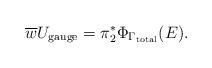
\begin{align*}\overline{w}U_{{\rm gauge}} = \pi^{*}_{2}\Phi_{\Gamma_{{\rm total}}}(E).\end{align*}